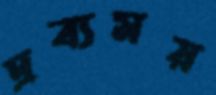
দ্রব্যময়